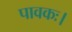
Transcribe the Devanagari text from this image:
पावकः।